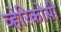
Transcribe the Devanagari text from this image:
व्हेरिकोसी